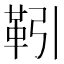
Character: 靷